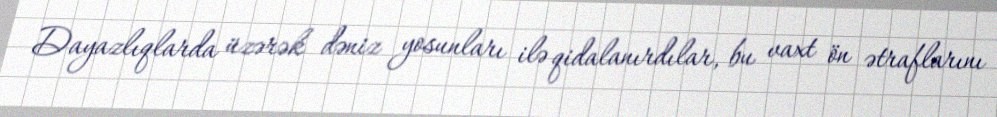
Dayazlıqlarda üzərək dəniz yosunları ilə qidalanırdılar, bu vaxt ön ətraflarını